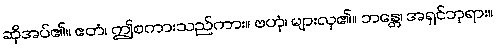
ဆိုအပ်၏။ ဧတံ၊ ဤစကားသည်ကား။ ဗဟုံ၊ များလှ၏။ ဘန္တေ၊ အရှင်ဘုရား။